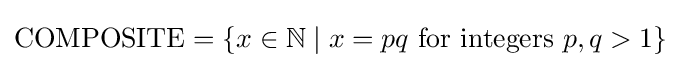
\mathrm {COMPOSITE} =\left\{x\in \mathbb {N} \mid x=pq{\text{ for integers }}p,q>1\right\}